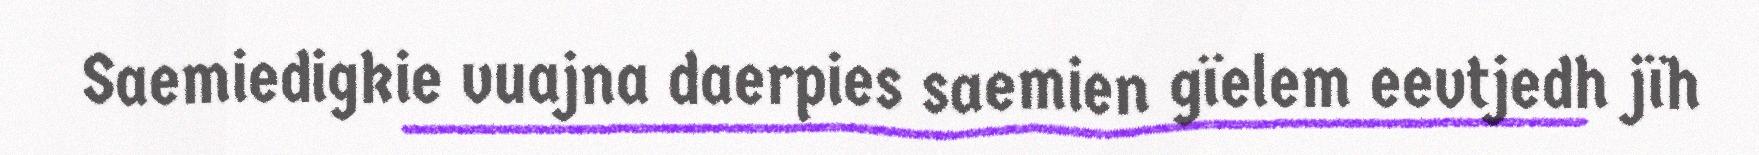
Saemiedigkie vuajna daerpies saemien gïelem eevtjedh jïh